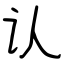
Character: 认